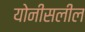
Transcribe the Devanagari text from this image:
योनीसलील